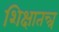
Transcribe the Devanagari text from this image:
शिक्षातन्त्र